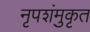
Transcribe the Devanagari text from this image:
नृपशंमुकृत